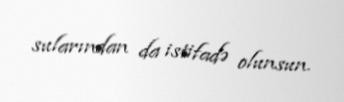
sularından da istifadə olunsun.